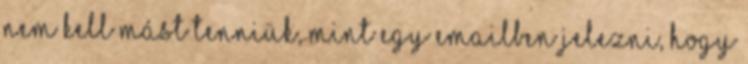
nem kell mást tenniük, mint egy emailben jelezni, hogy